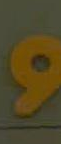
و